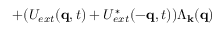
+ ( U _ { e x t } ( { \bf { q } } , t ) + U _ { e x t } ^ { * } ( - { \bf { q } } , t ) ) \Lambda _ { { \bf { k } } } ( { \bf { q } } )